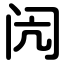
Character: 闶